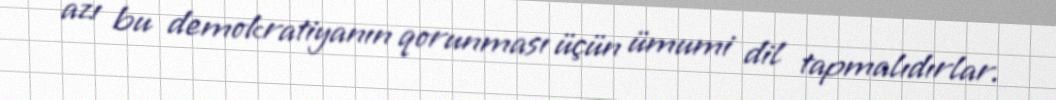
azı bu demokratiyanın qorunması üçün ümumi dil tapmalıdırlar.